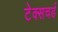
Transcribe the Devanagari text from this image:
टेक्सचर्ड